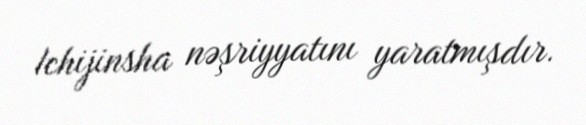
Ichijinsha nəşriyyatını yaratmışdır.